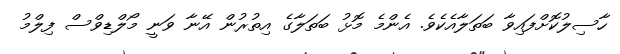
ހާސިލުކޮށްފައިވާ ބަތަލާއެކެވެ. އެންމެ މޮޅު ބަތަލާގެ އިތުރުން އޭނާ ވަނީ މޯލްޑިވްސް ފިލްމު